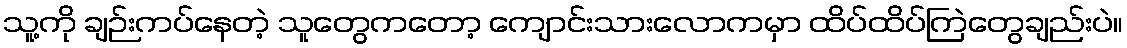
သူ့ကို ချဉ်းကပ်နေတဲ့ သူတွေကတော့ ကျောင်းသားလောကမှာ ထိပ်ထိပ်ကြဲတွေချည်းပဲ။